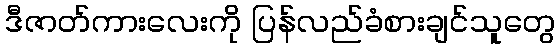
ဒီဇာတ်ကားလေးကို ပြန်လည်ခံစားချင်သူတွေ